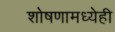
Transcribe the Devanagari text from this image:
शोषणामध्येही